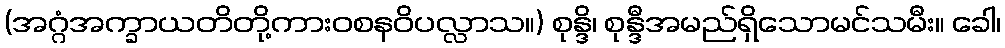
(အဂ္ဂံအက္ခာယတိတို့ကားဝစနဝိပလ္လာသ။) စုန္ဒိ၊ စုန္ဒီအမည်ရှိသောမင်သမီး။ ခေါ၊